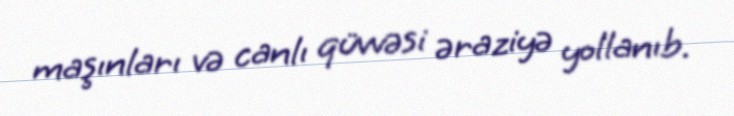
maşınları və canlı qüvvəsi əraziyə yollanıb.